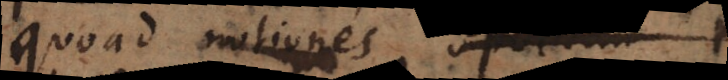
quoad notiones, seu